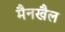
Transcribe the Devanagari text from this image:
मैनखैल